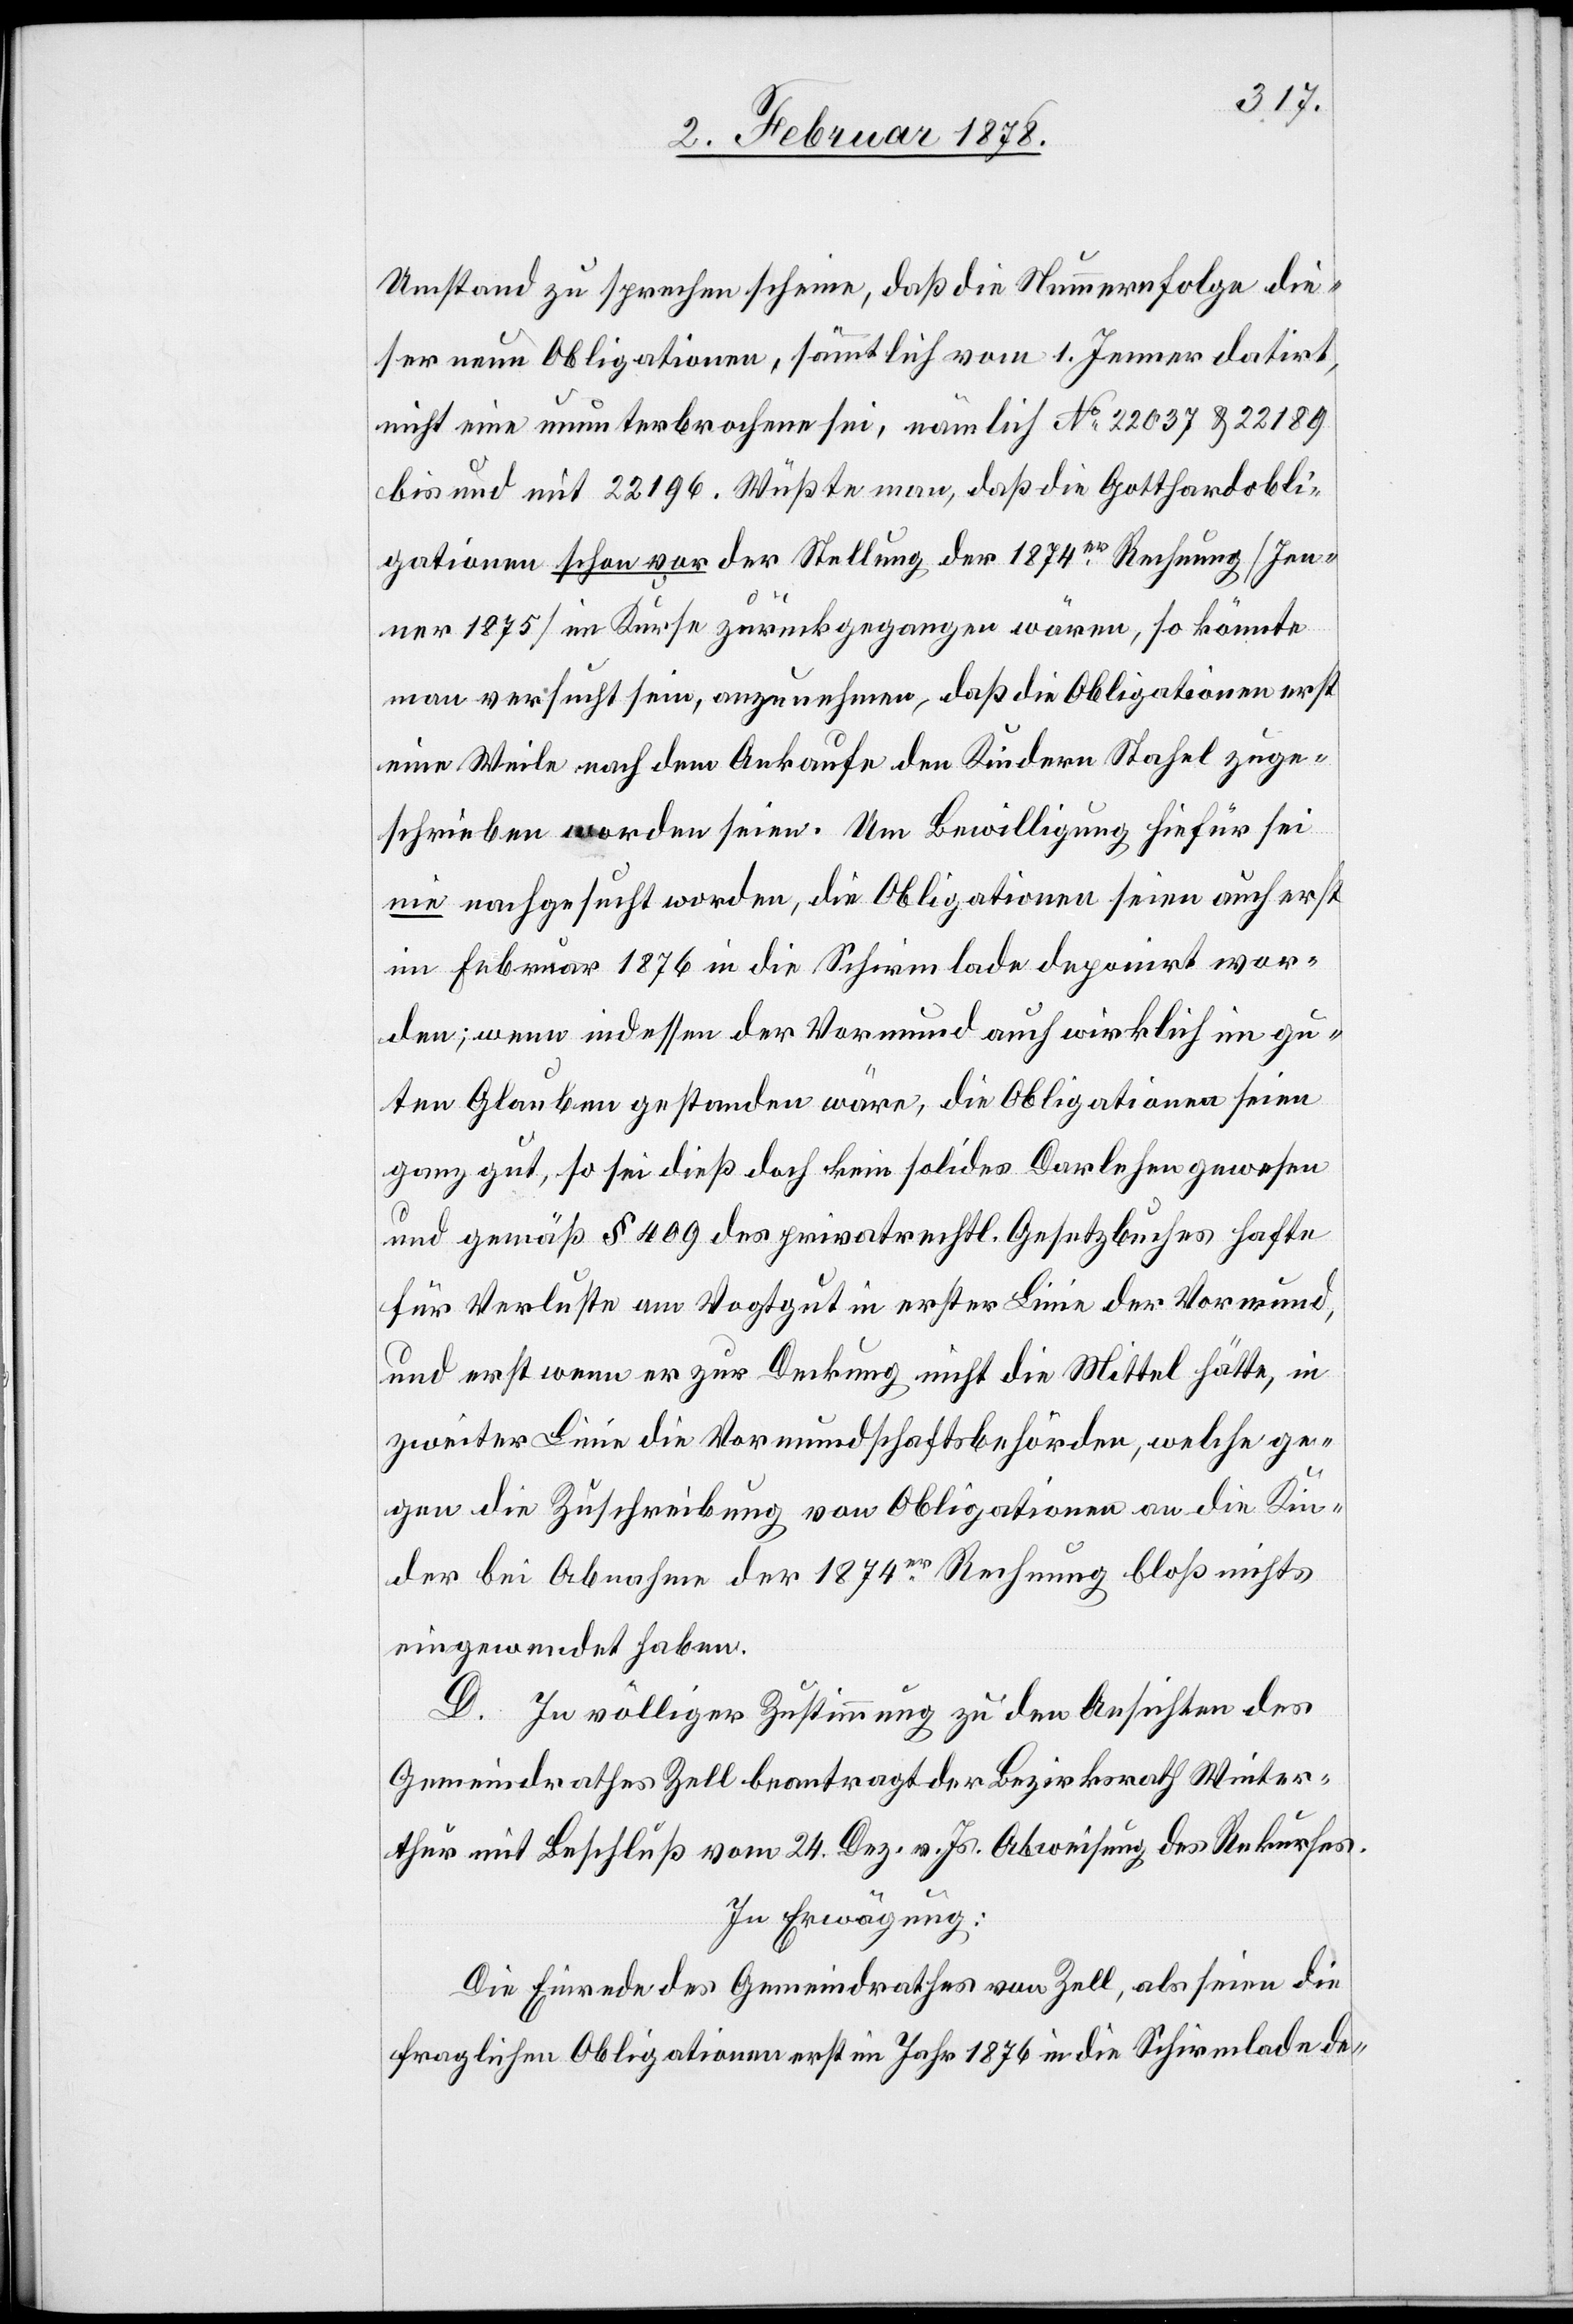
Umstand zu sprechen scheine, daß die Nummernfolge die¬
ser neun Obligationen, sämtlich vom 1. Jenner datirt,
nicht eine ununterbrochene sei, nämlich No 22037 & 22189
bis und mit 22196. Wüßte man, daß die Gotthardobli¬
gationen schon vor der Stellung der 1874er Rechnung (Jen¬
ner 1875) im Kurse zurückgegangen wären, so könnte
man versucht sein, anzunehmen, daß die Obligationen erst
eine Weile nach dem Ankaufe den Kindern Stahel zuge¬
schrieben worden seien. Um Bewilligung hiefür sei
nie nachgesucht worden, die Obligationen seien auch erst
im Februar 1876 in die Schirmlade deponirt wor¬
den; wenn indessen der Vormund auch wirklich im gu¬
ten Glauben gestanden wäre, die Obligationen seien
ganz gut, so sei dieß doch kein solides Darlehen gewesen
und gemäß § 409 des privatrechtl. Gesetzbuches hafte
für Verluste am Vogtgut in erster Linie der Vormund,
und erst wenn er zur Deckung nicht die Mittel hätte, in
zweiter Linie die Vormundschaftsbehörde, welche ge¬
gen die Zuschreibung von Obligationen an die Kin¬
der bei Abnahme der 1874er Rechnung bloß nichts
eingewendet haben.
D. In völliger Zustimmung zu den Ansichten des
Gemeindrathes Zell beantragt der Bezirksrath Winter¬
thur mit Beschluß vom 24. Dez. v. Js. Abweisung des Rekurses.
In Erwägung:
Die Einrede des Gemeindrathes von Zell, als seien die
fraglichen Obligationen erst im Jahr 1876 in die Schirmlade de-